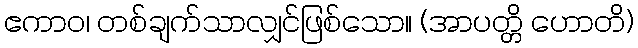
ဧကာဝ၊ တစ်ချက်သာလျှင်ဖြစ်သော။ (အာပတ္တိ ဟောတိ)